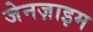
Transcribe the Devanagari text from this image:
जेनज़ाइम